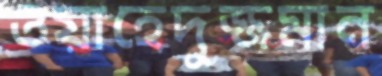
ওয়াহেদুজ্জমান